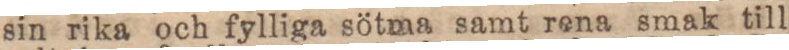
sin rika och fylliga sötma samt rena smak till